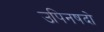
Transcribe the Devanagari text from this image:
उपिनषदो